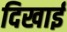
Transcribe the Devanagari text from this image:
दिखार्इ